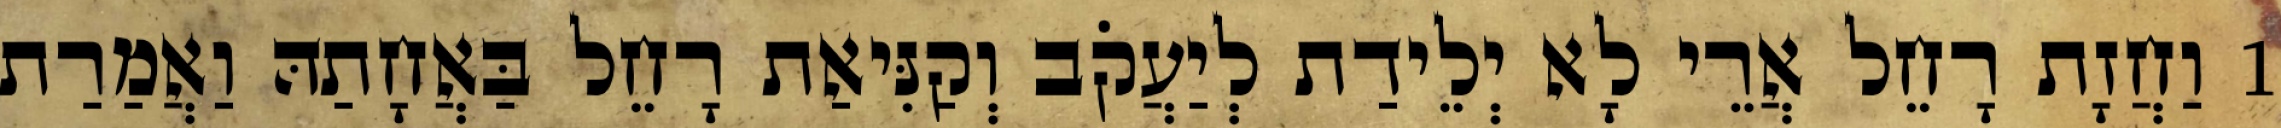
1 וַחֲזָת רָחֵל אֲרֵי לָא יְלֵידַת לְיַעֲקֹב וְקַנִּיאַת רָחֵל בַּאֲחָתַהּ וַאֲמַרַת